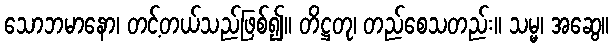
သောဘမာနော၊ တင့်တယ်သည်ဖြစ်၍။ တိဋ္ဌတု၊ တည်စေသတည်း။ သမ္မ၊ အဆွေ။